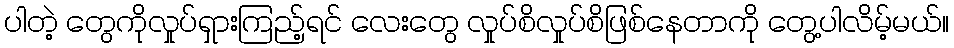
ပါတဲ့ တွေကိုလှုပ်ရှားကြည့်ရင် လေးတွေ လှုပ်စိလှုပ်စိဖြစ်နေတာကို တွေ့ပါလိမ့်မယ်။